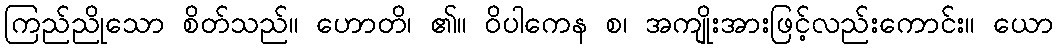
ကြည်ညိုသော စိတ်သည်။ ဟောတိ၊ ၏။ ဝိပါကေန စ၊ အကျိုးအားဖြင့်လည်းကောင်း။ ယော